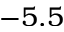
- 5 . 5